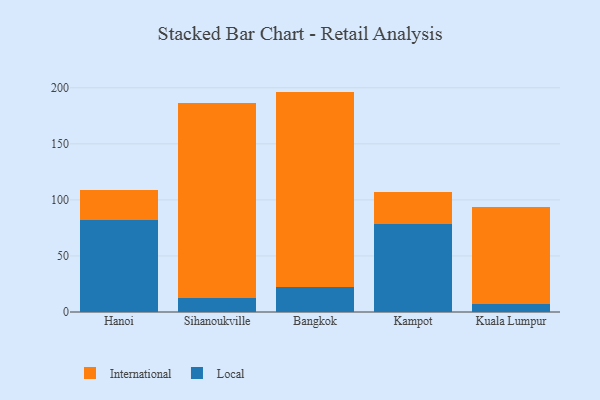
{"axis": {"x": "City", "y": "Production Output"}, "legend": ["International", "Local"], "data": [{"x": "Hanoi", "y": 82.0, "type": "Local"}, {"x": "Hanoi", "y": 26.9, "type": "International"}, {"x": "Sihanoukville", "y": 12.1, "type": "Local"}, {"x": "Sihanoukville", "y": 173.9, "type": "International"}, {"x": "Bangkok", "y": 22.3, "type": "Local"}, {"x": "Bangkok", "y": 174.3, "type": "International"}, {"x": "Kampot", "y": 78.8, "type": "Local"}, {"x": "Kampot", "y": 27.9, "type": "International"}, {"x": "Kuala Lumpur", "y": 6.7, "type": "Local"}, {"x": "Kuala Lumpur", "y": 86.9, "type": "International"}]}